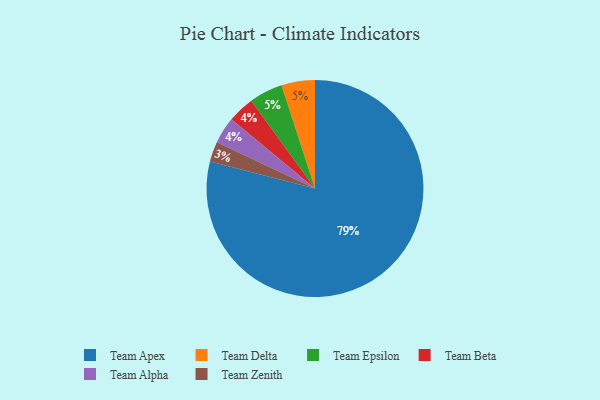
{"axis": {"x": "Category", "y": "Percentage"}, "legend": ["Team Alpha", "Team Apex", "Team Beta", "Team Delta", "Team Epsilon", "Team Zenith"], "data": [{"x": "Team Zenith", "y": 3, "type": "Team Zenith"}, {"x": "Team Beta", "y": 4, "type": "Team Beta"}, {"x": "Team Apex", "y": 79, "type": "Team Apex"}, {"x": "Team Delta", "y": 5, "type": "Team Delta"}, {"x": "Team Epsilon", "y": 5, "type": "Team Epsilon"}, {"x": "Team Alpha", "y": 4, "type": "Team Alpha"}]}